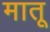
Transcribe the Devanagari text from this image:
मातू